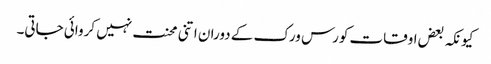
کیونکہ بعض اوقات کورس ورک کے دوران اتنی محنت نہیں کروائی جاتی۔